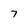
Character: 7